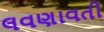
લવણાવતી